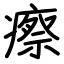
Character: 瘵